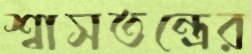
শ্বাসতন্ত্রের